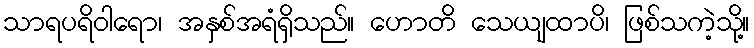
သာရပရိဝါရော၊ အနှစ်အရံရှိသည်။ ဟောတိ သေယျထာပိ၊ ဖြစ်သကဲ့သို့။